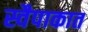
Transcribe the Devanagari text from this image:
स्वैपाकात